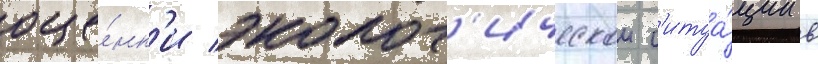
оце́нк'и эколог'ическои с'итуа́ции в